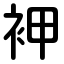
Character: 䘥